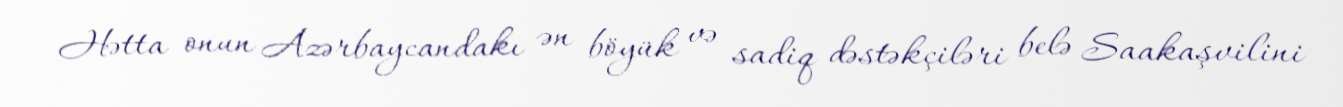
Hətta onun Azərbaycandakı ən böyük və sadiq dəstəkçiləri belə Saakaşvilini